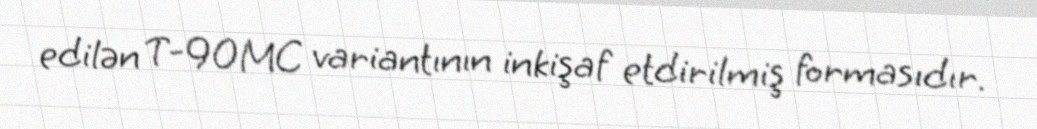
edilən T-90MC variantının inkişaf etdirilmiş formasıdır.